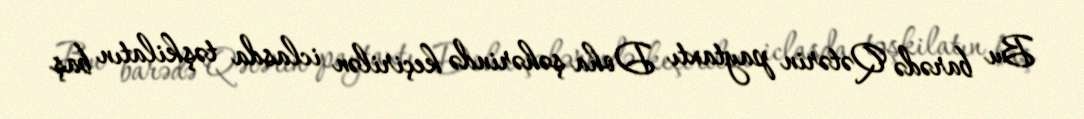
Bu barədə Qətərin paytaxtı Doha şəhərində keçirilən iclasda təşkilatın baş